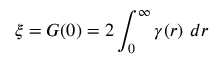
\xi = G ( 0 ) = 2 \int _ { 0 } ^ { \infty } \gamma ( r ) ~ d r